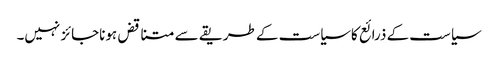
سیاست کے ذرائع کاسیاست کے طریقے سے متناقض ہوناجائز نہیں۔